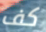
كف